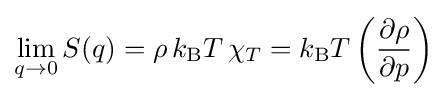
\lim _{q\rightarrow 0}S(q)=\rho \,k_{\mathrm {B} }T\,\chi _{T}=k_{\mathrm {B} }T\left({\frac {\partial \rho }{\partial p}}\right)